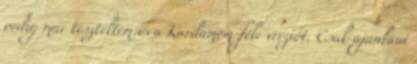
pedig már teszteltem is a Kardamom-féle verziót. Csak ajánlani